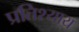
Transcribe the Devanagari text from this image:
प्रतिश्‍याय